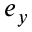
e _ { y }